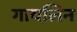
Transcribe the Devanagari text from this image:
गायलिन